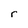
Character: r